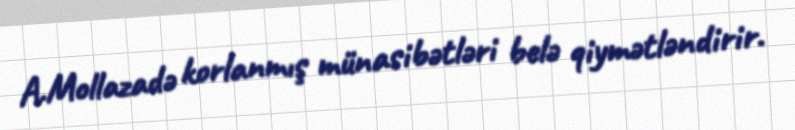
A.Mollazadə korlanmış münasibətləri belə qiymətləndirir.